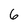
Character: 6